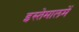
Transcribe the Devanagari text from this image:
इस्तेमालमें